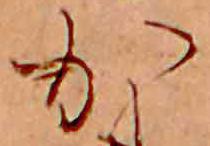
か